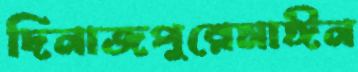
দিনাজপুরেমাঈন